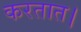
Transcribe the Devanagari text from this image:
करतात।